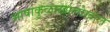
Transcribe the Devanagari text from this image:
भाषाकुळाखालोखाल